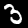
Digit: 3